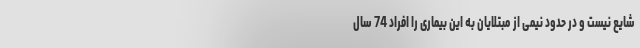
شایع نیست و در حدود نیمی از مبتلایان به این بیماری را افراد 74 سال